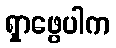
ရှာဖွေပါက